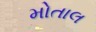
મોતાલ